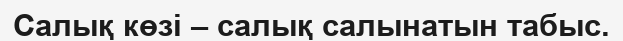
Салық көзі – салық салынатын табыс.